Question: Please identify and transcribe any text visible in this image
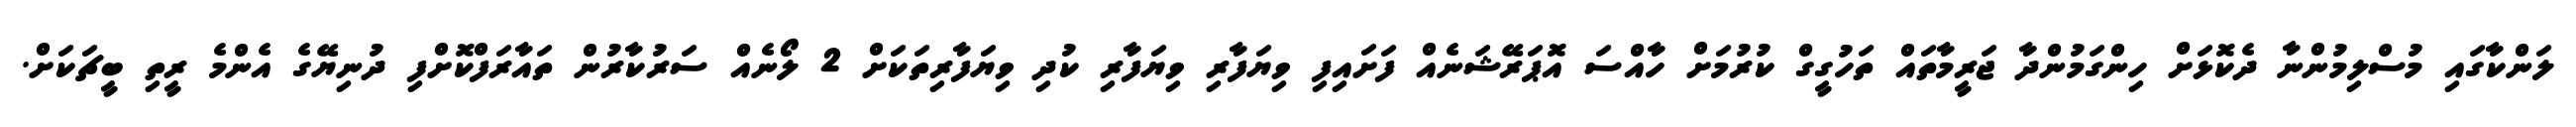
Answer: ލަންކާގައި މުސްލިމުންނާ ދެކޮޅަށް ހިންގަމުންދާ ޖަރީމާތައް ތަހުގީގް ކުރުމަށް ހާއްސަ އޮޕަރޭޝަނެއް ފަށައިފި ވިޔަފާރި ވިޔަފާރި ކުދި ވިޔަފާރިތަކަށް 2 ލޯނެއް ސަރުކާރުން ތައާރަފްކޮށްފި ދުނިޔޭގެ އެންމެ ރީތި ބީޗަކަށް.